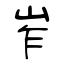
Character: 岝